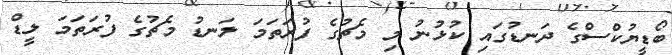
ބޯޑީޔުކްސްގެ ދަނޑުގައި ކުޅުނު މި މެޗުގެ ފުރަތަމަ ލަނޑު މެޗުގެ ފުރަތަަމަ ލީޑް